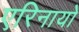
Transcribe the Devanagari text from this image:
एरिनायो